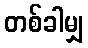
တစ်ခါမျှ